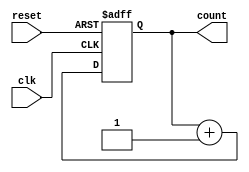
module counter (
    input wire clk, // 
    input wire reset, // 
    output wire [1:0] count // 2
);

    reg [1:0] count_reg; // 

    // 
    always @(posedge clk or posedge reset) begin
        if (reset)
            count_reg <= 2'b00; // 
        else
            count_reg <= count_reg + 1; // 1
    end

    assign count = count_reg; // 

endmodule